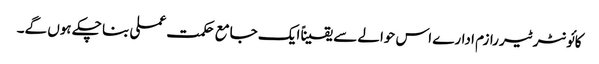
کائونٹر ٹیررازم ادارے اس حوالے سے یقیناً ایک جامع حکمت عملی بنا چکے ہوں گے۔